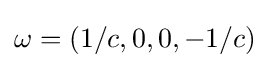
\omega =(1/c,0,0,-1/c)